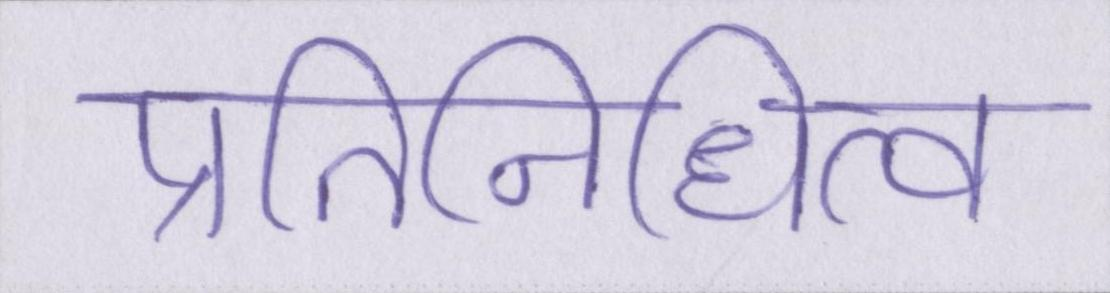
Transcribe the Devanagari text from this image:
प्रतिनिधित्व